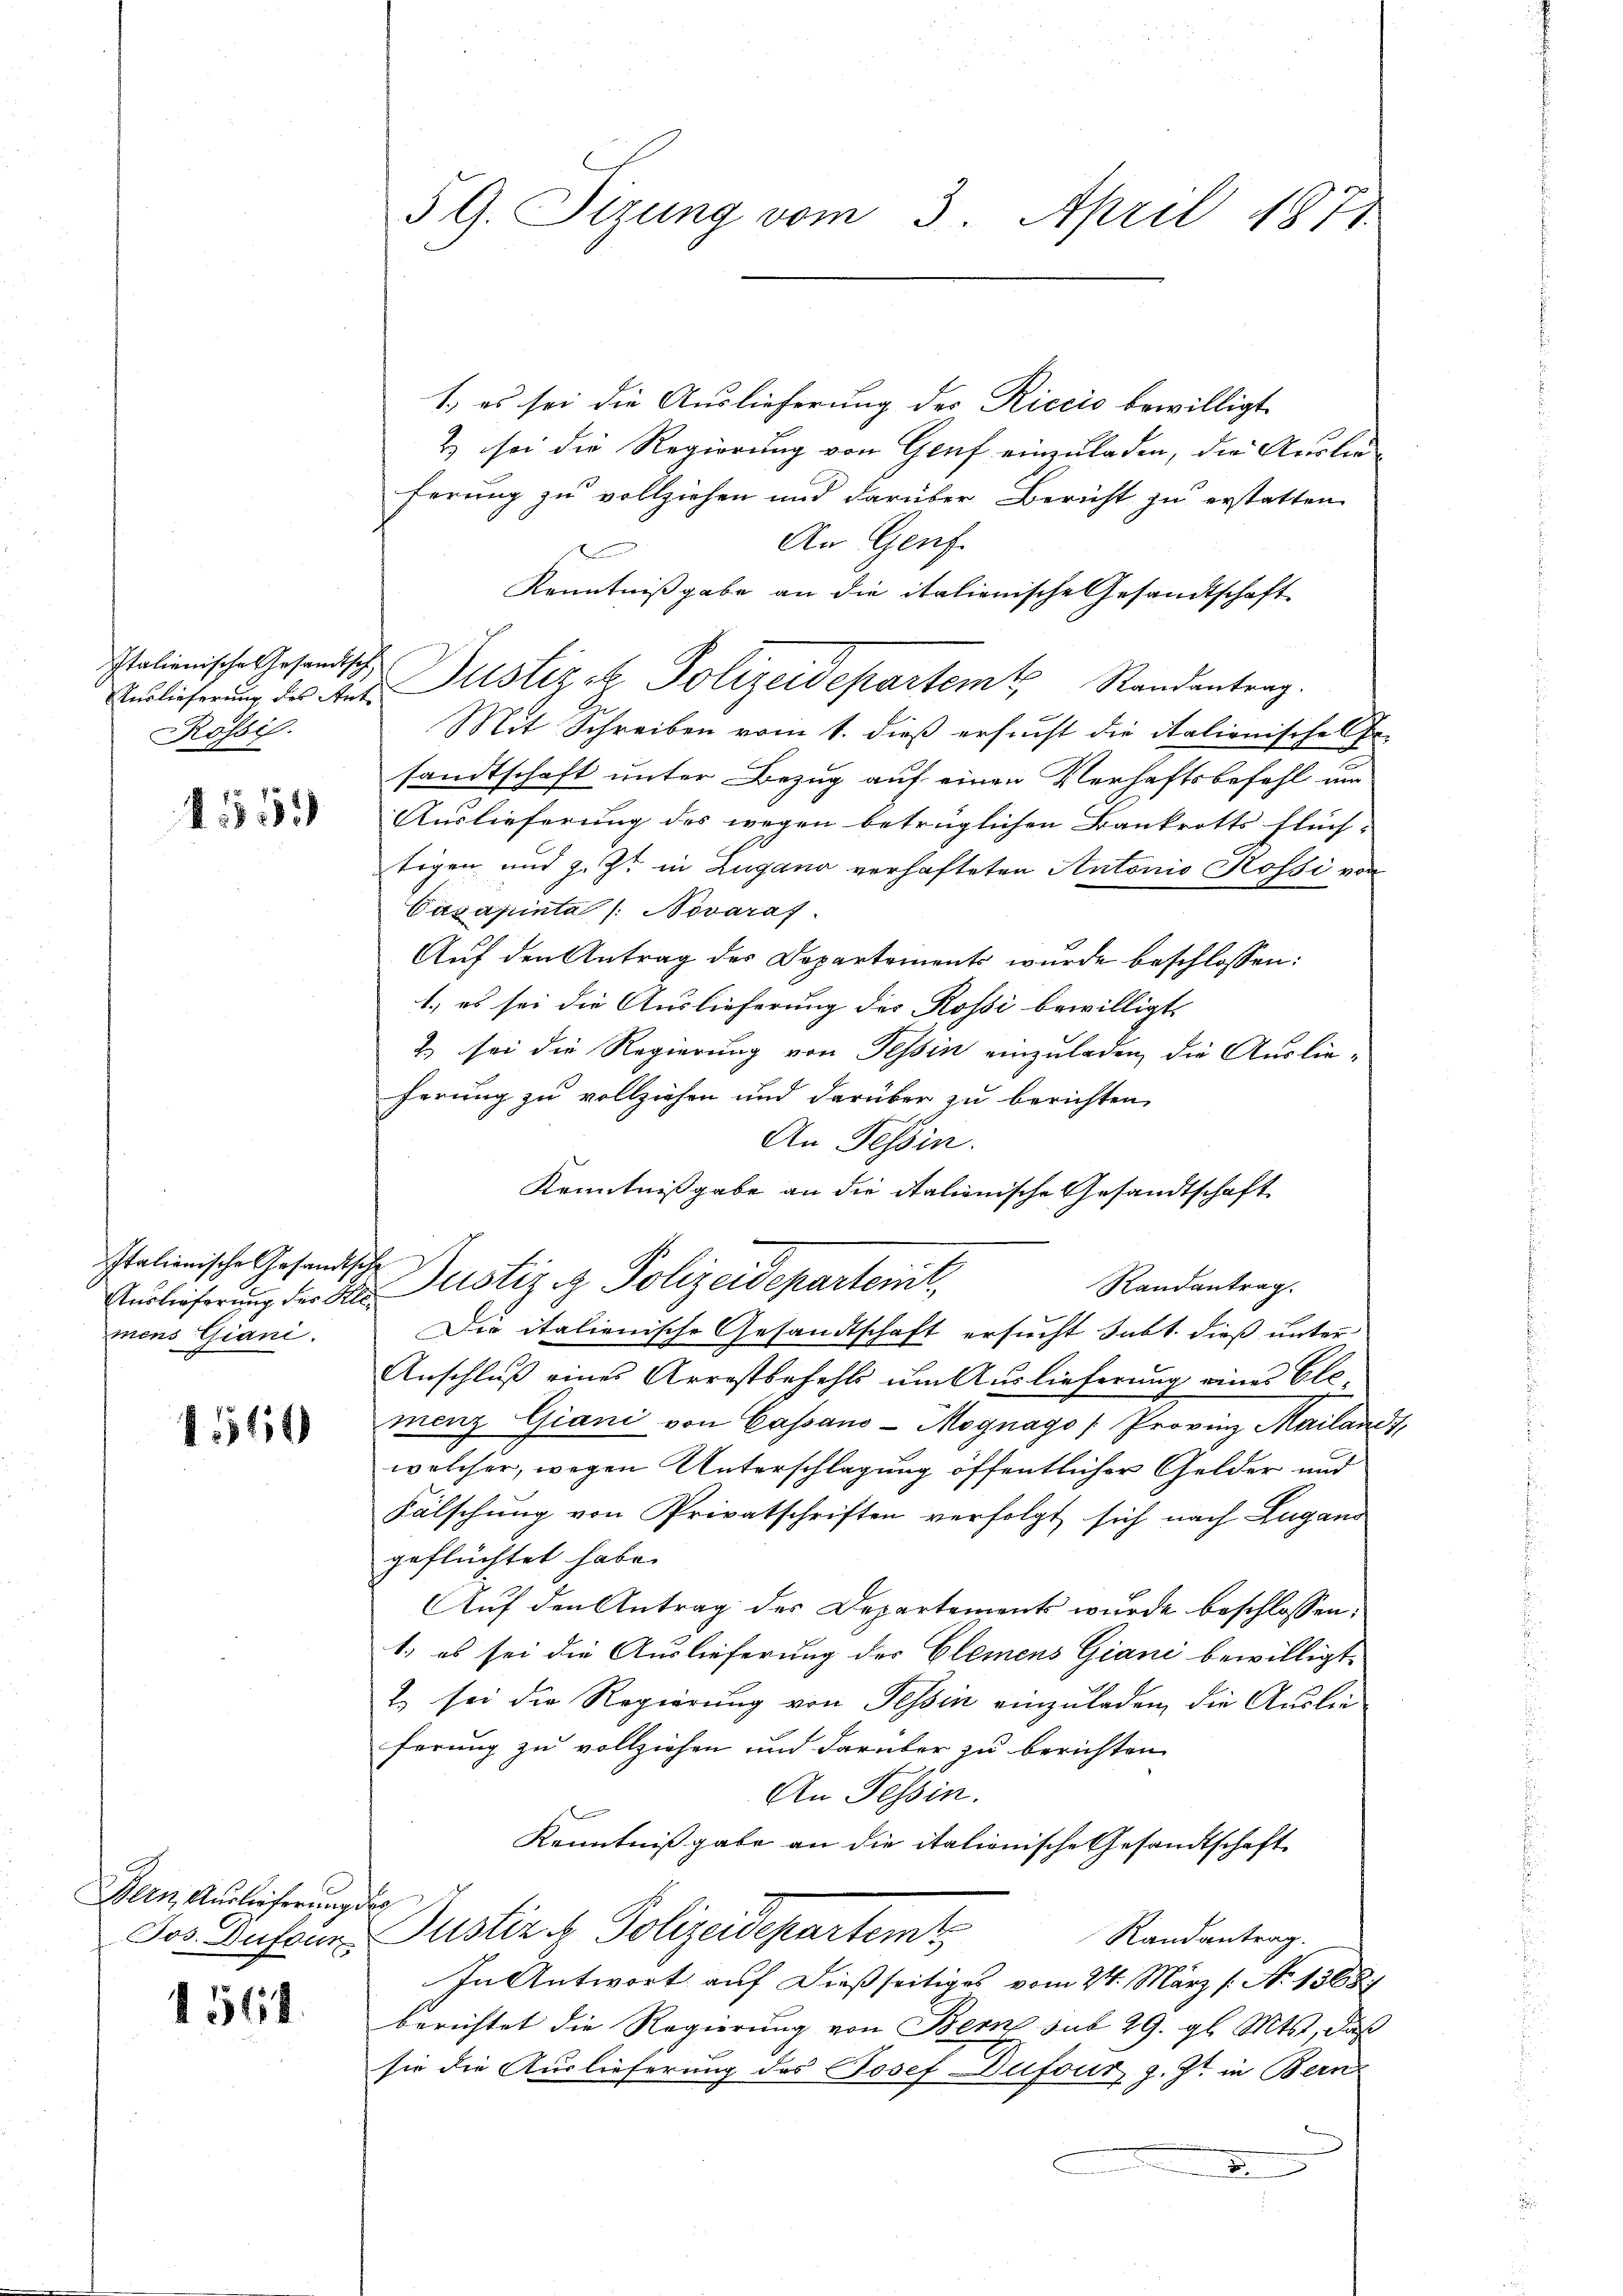
Italienische Gesandtsch
Rössis.

1559

Italienische Gesandtsche
mens Giani.

1140

Bern Auslieferung des

1564.

1. es sei die Auslieferung des Riccio bewilligt
2) sei die Regierung von Genf einzuladen, die Auslie-
ferung zu vollziehen und darüber Bericht zu erstatten.
An Genf.
s
Kenntnißgabe an die italienische Gesandtschaft
Auslieferung des der Justiz et Polizeidepartem Randantrag.
Mit Schreiben vom 1. dieß ersucht die italionisches Er-
sandtschaft unter Bezug auf einen Verhaftsbefehl um
Auslieferung des wegen betrüglichen Bankrotts flüch-
tigen und z. Zt. in Lugano verhafteten Antonio Rossi von
Cusapinta (Novaraf
Auf den Antrag des Departements wurde beschlossen:
1.) es sei die Auslieferung des Rossi bewilligt,
2) sei die Regierung von Tessin einzuladen, die Auslie-
herung zu vollziehen und darüber zu berichten,
An Tessin.
Kenntnißgabe an die Italienische Gesandtschaft
Randantrag.
Die italienische Gesandtschaft ersucht Subt. dieß unter
Anschluß eines Arrestbefehls um Auslieferung eines Ele-
menz Giani von Cassano-Mognago (Provinz Mailanc
welcher, wegen Unterschlagung öffentlicher Gelder und
Fälschung von Privatschriften verfolgt sich nach Lugand
geflüchtet habe.
Auf den Antrag des Departements wurde beschlossen:
1) es sei die Auslieferung der Clemens Giani bewilligt.
t. sei die Regierung von Tessin einzuladen, die Auslieferung zu vollziehen und darüber zu berichten
An Tessin.
x
Kenntnißgabe an die italionische Gesandtschaft
Jos Busser Justiz & Polizeidepartemt
Randantrag.
In Antwort auf dießseitiges vom 24. März /: No 1368.
berichtet die Regierung von Bern sub 29. gl. Mts., daß
sie die Auslieferung des Josef Dufour, z. Zt. in Bern
8

3 G. Sizung vom 3. April 1871

Auslieferung der Hr. Justiz & Polizeidepartenit,